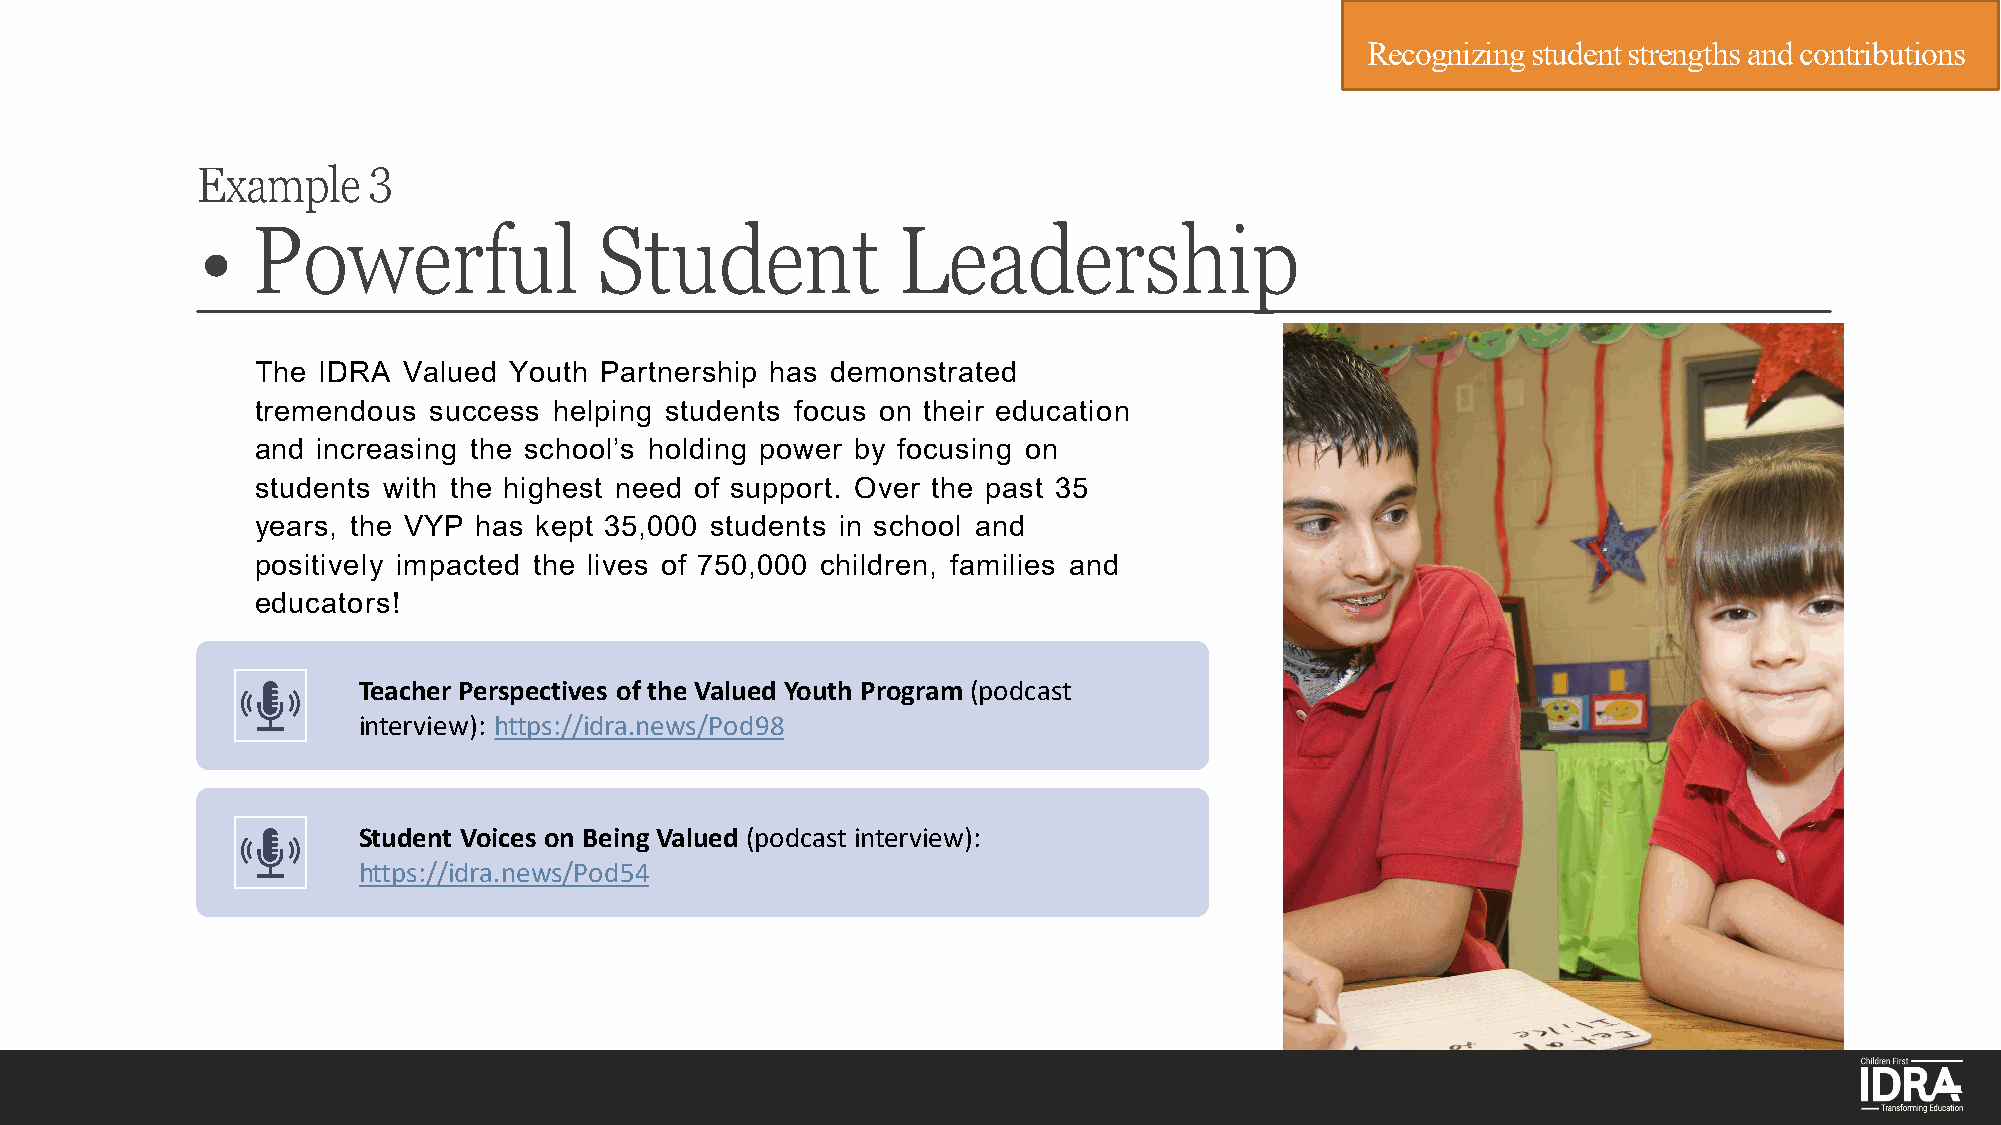
Recognizing student strengths and contributions
 Example    3
 •   Powerful              Student             Leadership
 The IDRA  Valued Youth Partnership has demonstrated
 tremendous success  helping students focus on their education
 and increasing the school’s holding power by focusing on
 students with the highest need of support. Over the past 35
 years, the VYP has kept 35,000 students in school and
 positively impacted the lives of 750,000 children, families and
 educators!
 Teacher Perspectives of the Valued Youth Program (podcast
 interview): https://idra.news/Pod98
 Student Voices on Being Valued (podcast interview):
 https://idra.news/Pod54